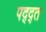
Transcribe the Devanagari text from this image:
पद्द्त